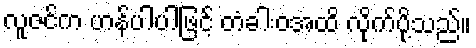
လူဇင်က ဟန်ပါပါဖြင့် တံခါးဝအထိ လိုက်ပို့သည်။